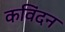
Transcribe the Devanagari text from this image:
कविंदन